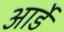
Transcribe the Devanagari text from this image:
आर्डे